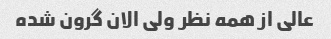
عالی از همه نظر ولی الان گرون شده